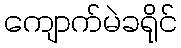
ကျောက်မဲခရိုင်